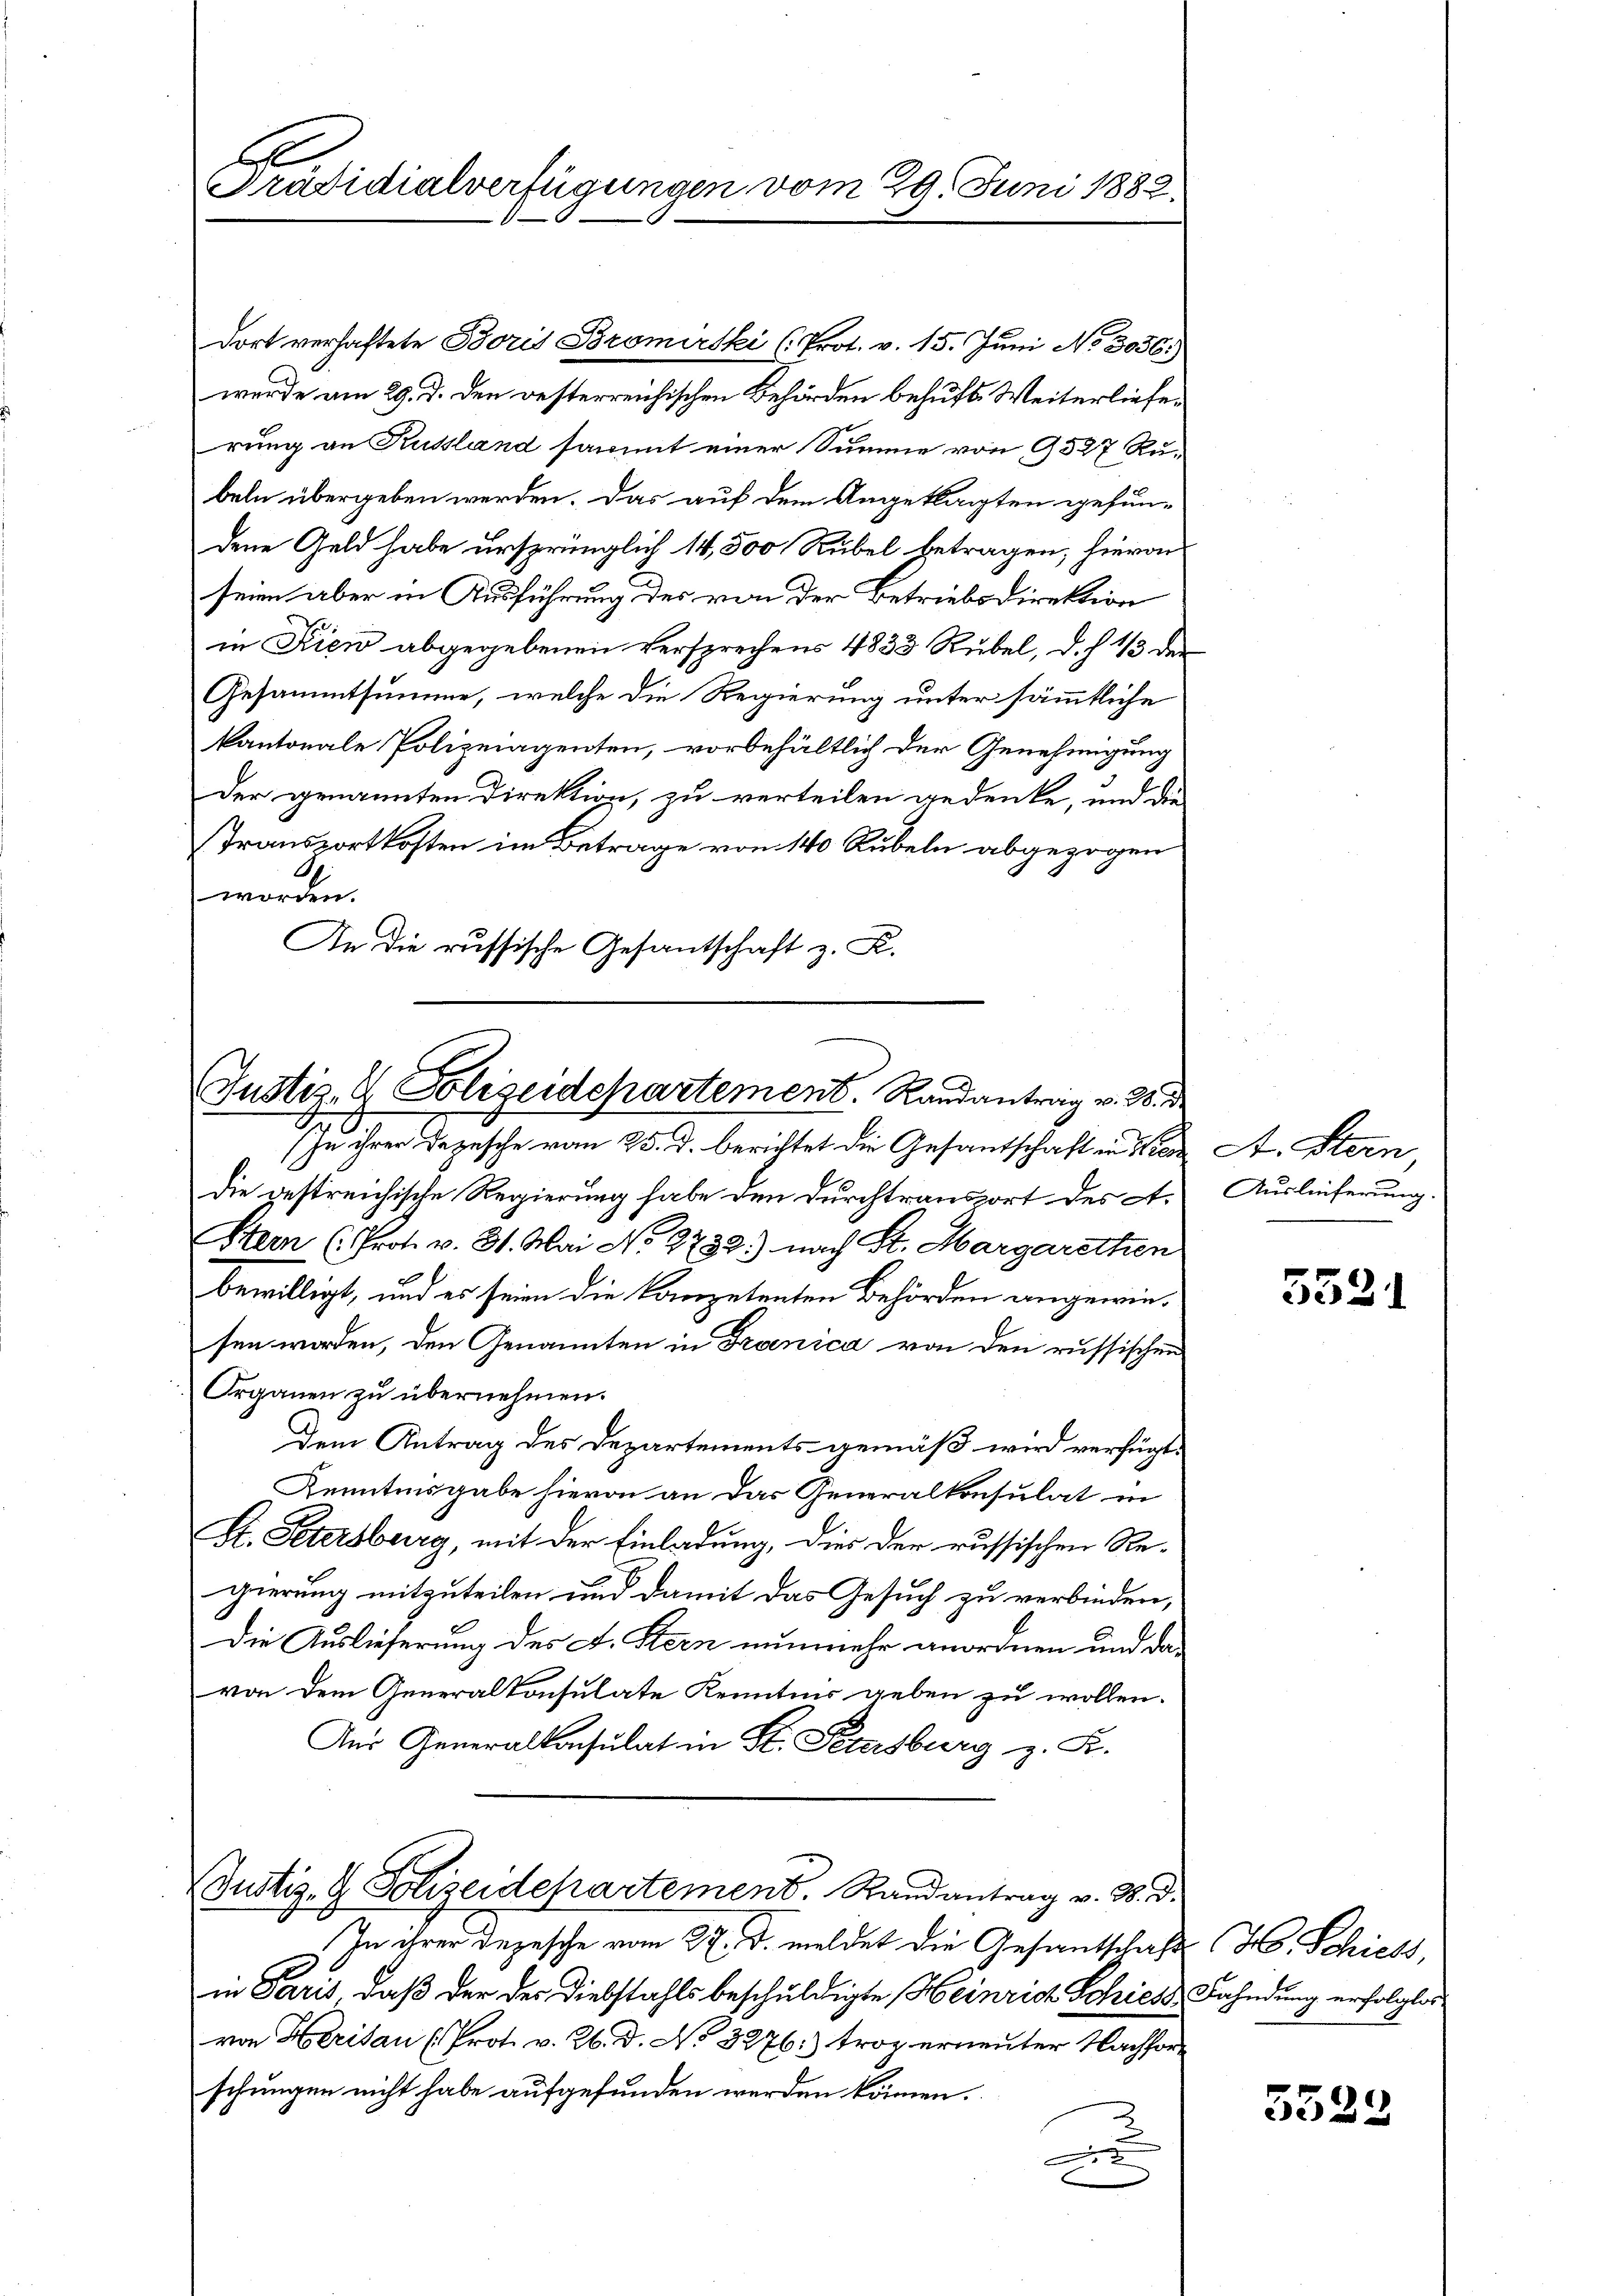
s
Präsidialverfügungen vom 20. Juni 1882.

dort verhaftete Boris Bromirski (Prot. v. 15. Juni No 3056.)
wurde am 29. d. den gesterreichischen Behörden behufs Weiterlieferung an Kussland sammt einer Summe von 9527 Rubeln übergeben werden. Das auf dem Angeklagten gefun-
dene Geld habe ursprünglich 14, 500 Rubel betragen; hievon
seien aber in Ausführung des von der Betriebsdirektion
in Frien abgegebenen Versprechens 4833 Rubel, d. h. 1/3 der
Gesammtsumme, welche die Regierung unter sämmtliche
kantonale Polizeiagenten, vorbehältlich der Genehmigung
Der genannten Direktion, zu verteilen gedenke, und die
Transportkosten im Betrage von 140 Rubeln abgezogen
werden.
An die russische Gesantschaft z. K.

Justiz- & Polizeidepartement. Randantrag v. 28. d.

In ihrer Depesche vom 25. d. berichtet die Gesantschaft in de
die gestreichische Regierung habe den durchtransport des A.
Stern (Prot. v. 31. Mai No 2732.) nach St. Margarethen
bewilligt, und es seien die kompetenten Behörden angewiesen worden, den Genannten in Franica von den russischen
Organen zu übernehmen.
Dem Antrag des Departements gemäß wird verfügt:
Kenntnisgabe hievon an das Generalkonsulat in
A. Petersburg, mit der Einladung, dies der russischen Regierung mitzuteilen und damit das Gesuch zu verbinden,
Die Auslieferung des A. Stern nunmehr anordnen und das
von dem Generalkonsulate Kenntnis geben zu wollen.
Aus Generalkonsulat in St. Petersburg z. K.
Justiz- & Polizeidepartement. Randantrag v. 3. d.
In ihrer Depesche vom 3. d. meldet die Gesantschaft (H. Schieds,
in Paris, daß der des Diebstahls beschuldigte Heinrich Schiess Fahndung erfolgter
von Herisau (Prot. v. 26. d. No 3276: trop erneuter Nachforschungen nicht habe aufgefunden werden können.
x

A. Stern,
Auslieferung.

5521

5522